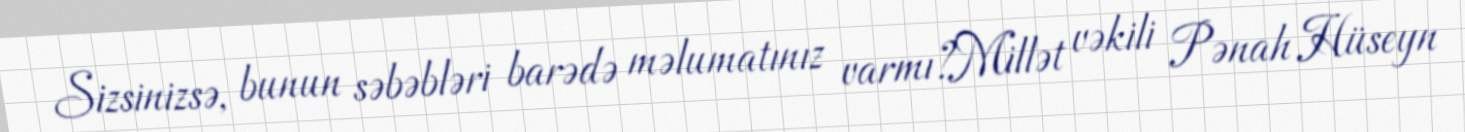
Sizsinizsə, bunun səbəbləri barədə məlumatınız varmı?Millət vəkili Pənah Hüseyn